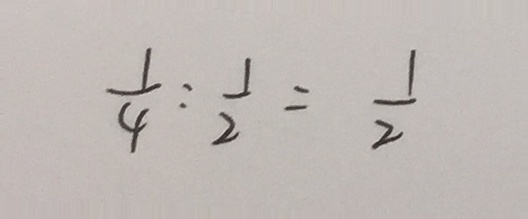
\frac { 1 } { 4 } : \frac { 1 } { 2 } = \frac { 1 } { 2 }